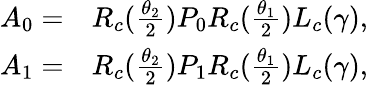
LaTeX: \begin{array}{rl}{A_{0}=}&{{}R_{c}(\frac{\theta_{2}}{2})P_{0}R_{c}(\frac{\theta_{1}}{2})L_{c}(\gamma),}\\ {A_{1}=}&{{}R_{c}(\frac{\theta_{2}}{2})P_{1}R_{c}(\frac{\theta_{1}}{2})L_{c}(\gamma),}\end{array}